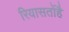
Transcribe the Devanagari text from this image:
रियासतोंहै